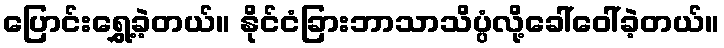
ပြောင်းရွှေ့ခဲ့တယ်။ နိုင်ငံခြားဘာသာသိပ္ပံလို့ခေါ်ဝေါ်ခဲ့တယ်။